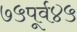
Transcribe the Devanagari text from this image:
७५पूर्व४५